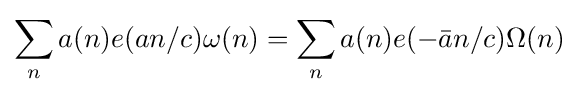
\sum _{n}a(n)e(an/c)\omega (n)=\sum _{n}a(n)e(-{\bar {a}}n/c)\Omega (n)